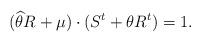
LaTeX: \begin{align*}(\widehat{\theta }R+\mu )\cdot (S^{t}+\theta R^{t})=1.\end{align*}